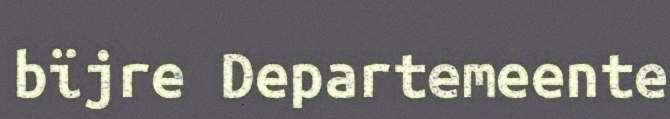
bïjre Departemeente